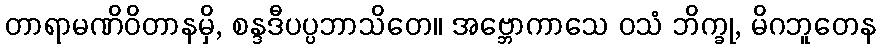
တာရာမဏိဝိတာနမှိ, စန္ဒဒီပပ္ပဘာသိတေ။ အဗ္ဘောကာသေ ဝသံ ဘိက္ခု, မိဂဘူတေန